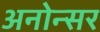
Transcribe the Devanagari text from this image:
अनोन्सर